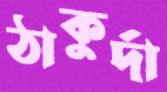
ঠাকুর্দা